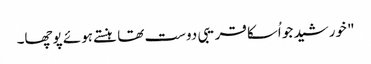
" خورشید جو اُسکا قریبی دوست تھا ہنستے ہوئے پوچھا۔